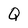
Character: Q